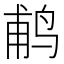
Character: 𬷕